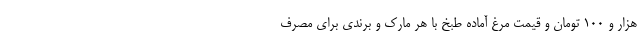
هزار و ۱۰۰ تومان و قیمت مرغ آماده طبخ با هر مارک و برندی برای مصرف